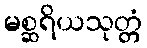
မစ္ဆရိယသုတ္တံ